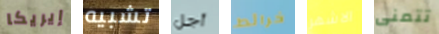
إيريكا تشبيه أجل خرائط الاشهر تتمنى